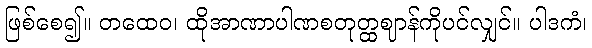
ဖြစ်စေ၍။ တထေဝ၊ ထိုအာဏာပါဏစတုတ္ထဈာန်ကိုပင်လျှင်။ ပါဒကံ၊